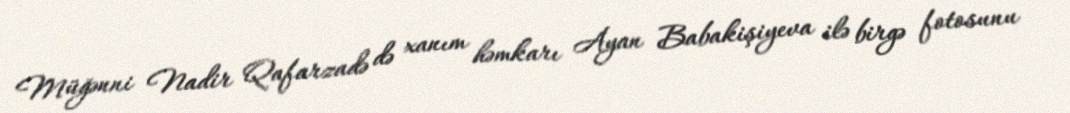
Müğənni Nadir Qafarzadə də xanım həmkarı Ayan Babakişiyeva ilə birgə fotosunu